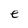
Character: e